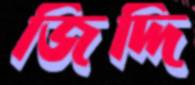
জিদ্দি